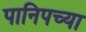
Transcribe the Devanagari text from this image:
पानिपच्या